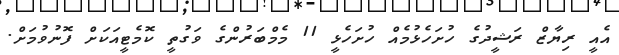
އެއީ ރިޔާޒް ރަޝީދުގެ ހުށަހެޅުމެއް ހުށަހެޅީ 11 މެމްބަރުންގެ ވަގުތީ ކޮމެޓީއަކަށް ފޮނުވުމަށް.